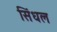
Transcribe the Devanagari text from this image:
सिंधल